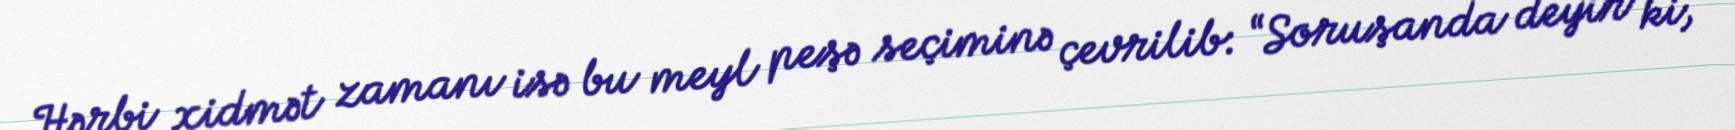
Hərbi xidmət zamanı isə bu meyl peşə seçiminə çevrilib: “Soruşanda deyir ki,